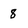
Character: 8